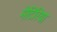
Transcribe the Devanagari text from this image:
मेटिरिया